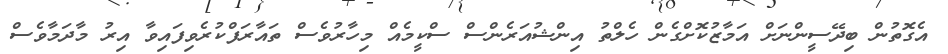
އެގޮތުން ބިދޭސީންނަށް އަމާޒުކޮށްގެން ހެލްތު އިންޝުއަރެންސް ސްކީމެއް މިހާރުވެސް ތައާރަފްކުރެވިފައިވާ އިރު މާދަމާވެސް